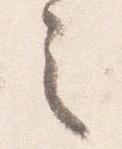
之